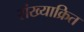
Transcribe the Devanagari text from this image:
संख्याक्रित